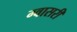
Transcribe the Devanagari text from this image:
ग्वासरी